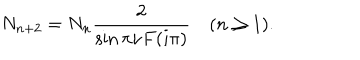
N _ { n + 2 } = N _ { n } \frac { 2 } { \sin \pi \nu F ( i \pi ) } \quad ( n \geq 1 ) .